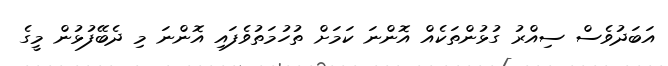
އަބަދުވެސް ސިއްރު ގުޅުންތަކެއް އޮންނަ ކަމަށް ތުހުމަތުވެފައި އޮންނަ މި ދެބޭފުޅުން މީގެ